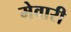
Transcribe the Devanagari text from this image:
मेवारी